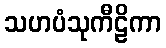
သဟပံသုကီဠိကာ